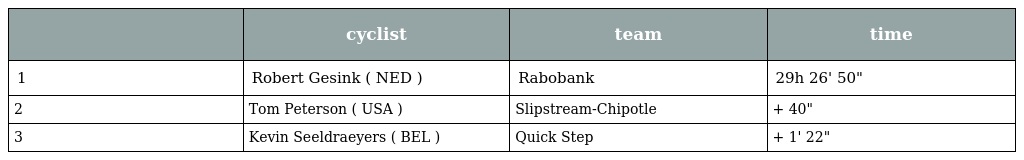
|  | cyclist | team | time |
 | --- | --- | --- | --- |
 | 1 | Robert Gesink ( NED ) | Rabobank | 29h 26' 50" |
 | 2 | Tom Peterson ( USA ) | Slipstream-Chipotle | + 40" |
 | 3 | Kevin Seeldraeyers ( BEL ) | Quick Step | + 1' 22" |